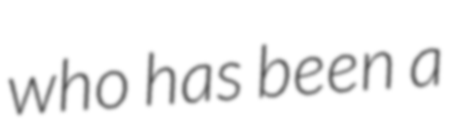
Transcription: who has been a